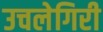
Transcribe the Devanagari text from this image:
उचलेगिरी